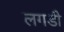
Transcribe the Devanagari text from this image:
लगडी